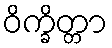
ဝိက္ခိတ္တာ